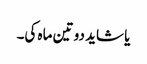
یا شاید دو تین ماہ کی۔